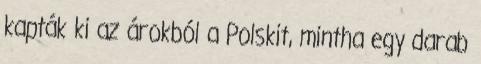
kapták ki az árokból a Polskit, mintha egy darab